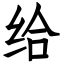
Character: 给